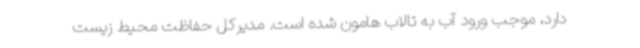
دارد، موجب ورود آب به تالاب هامون شده است. مدیرکل حفاظت محیط زیست